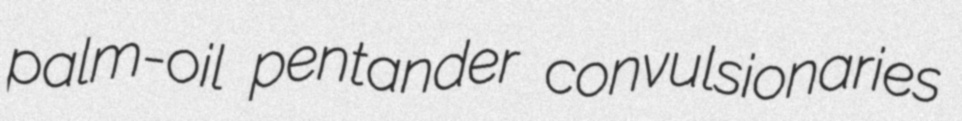
palm-oil pentander convulsionaries